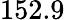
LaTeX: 152.9